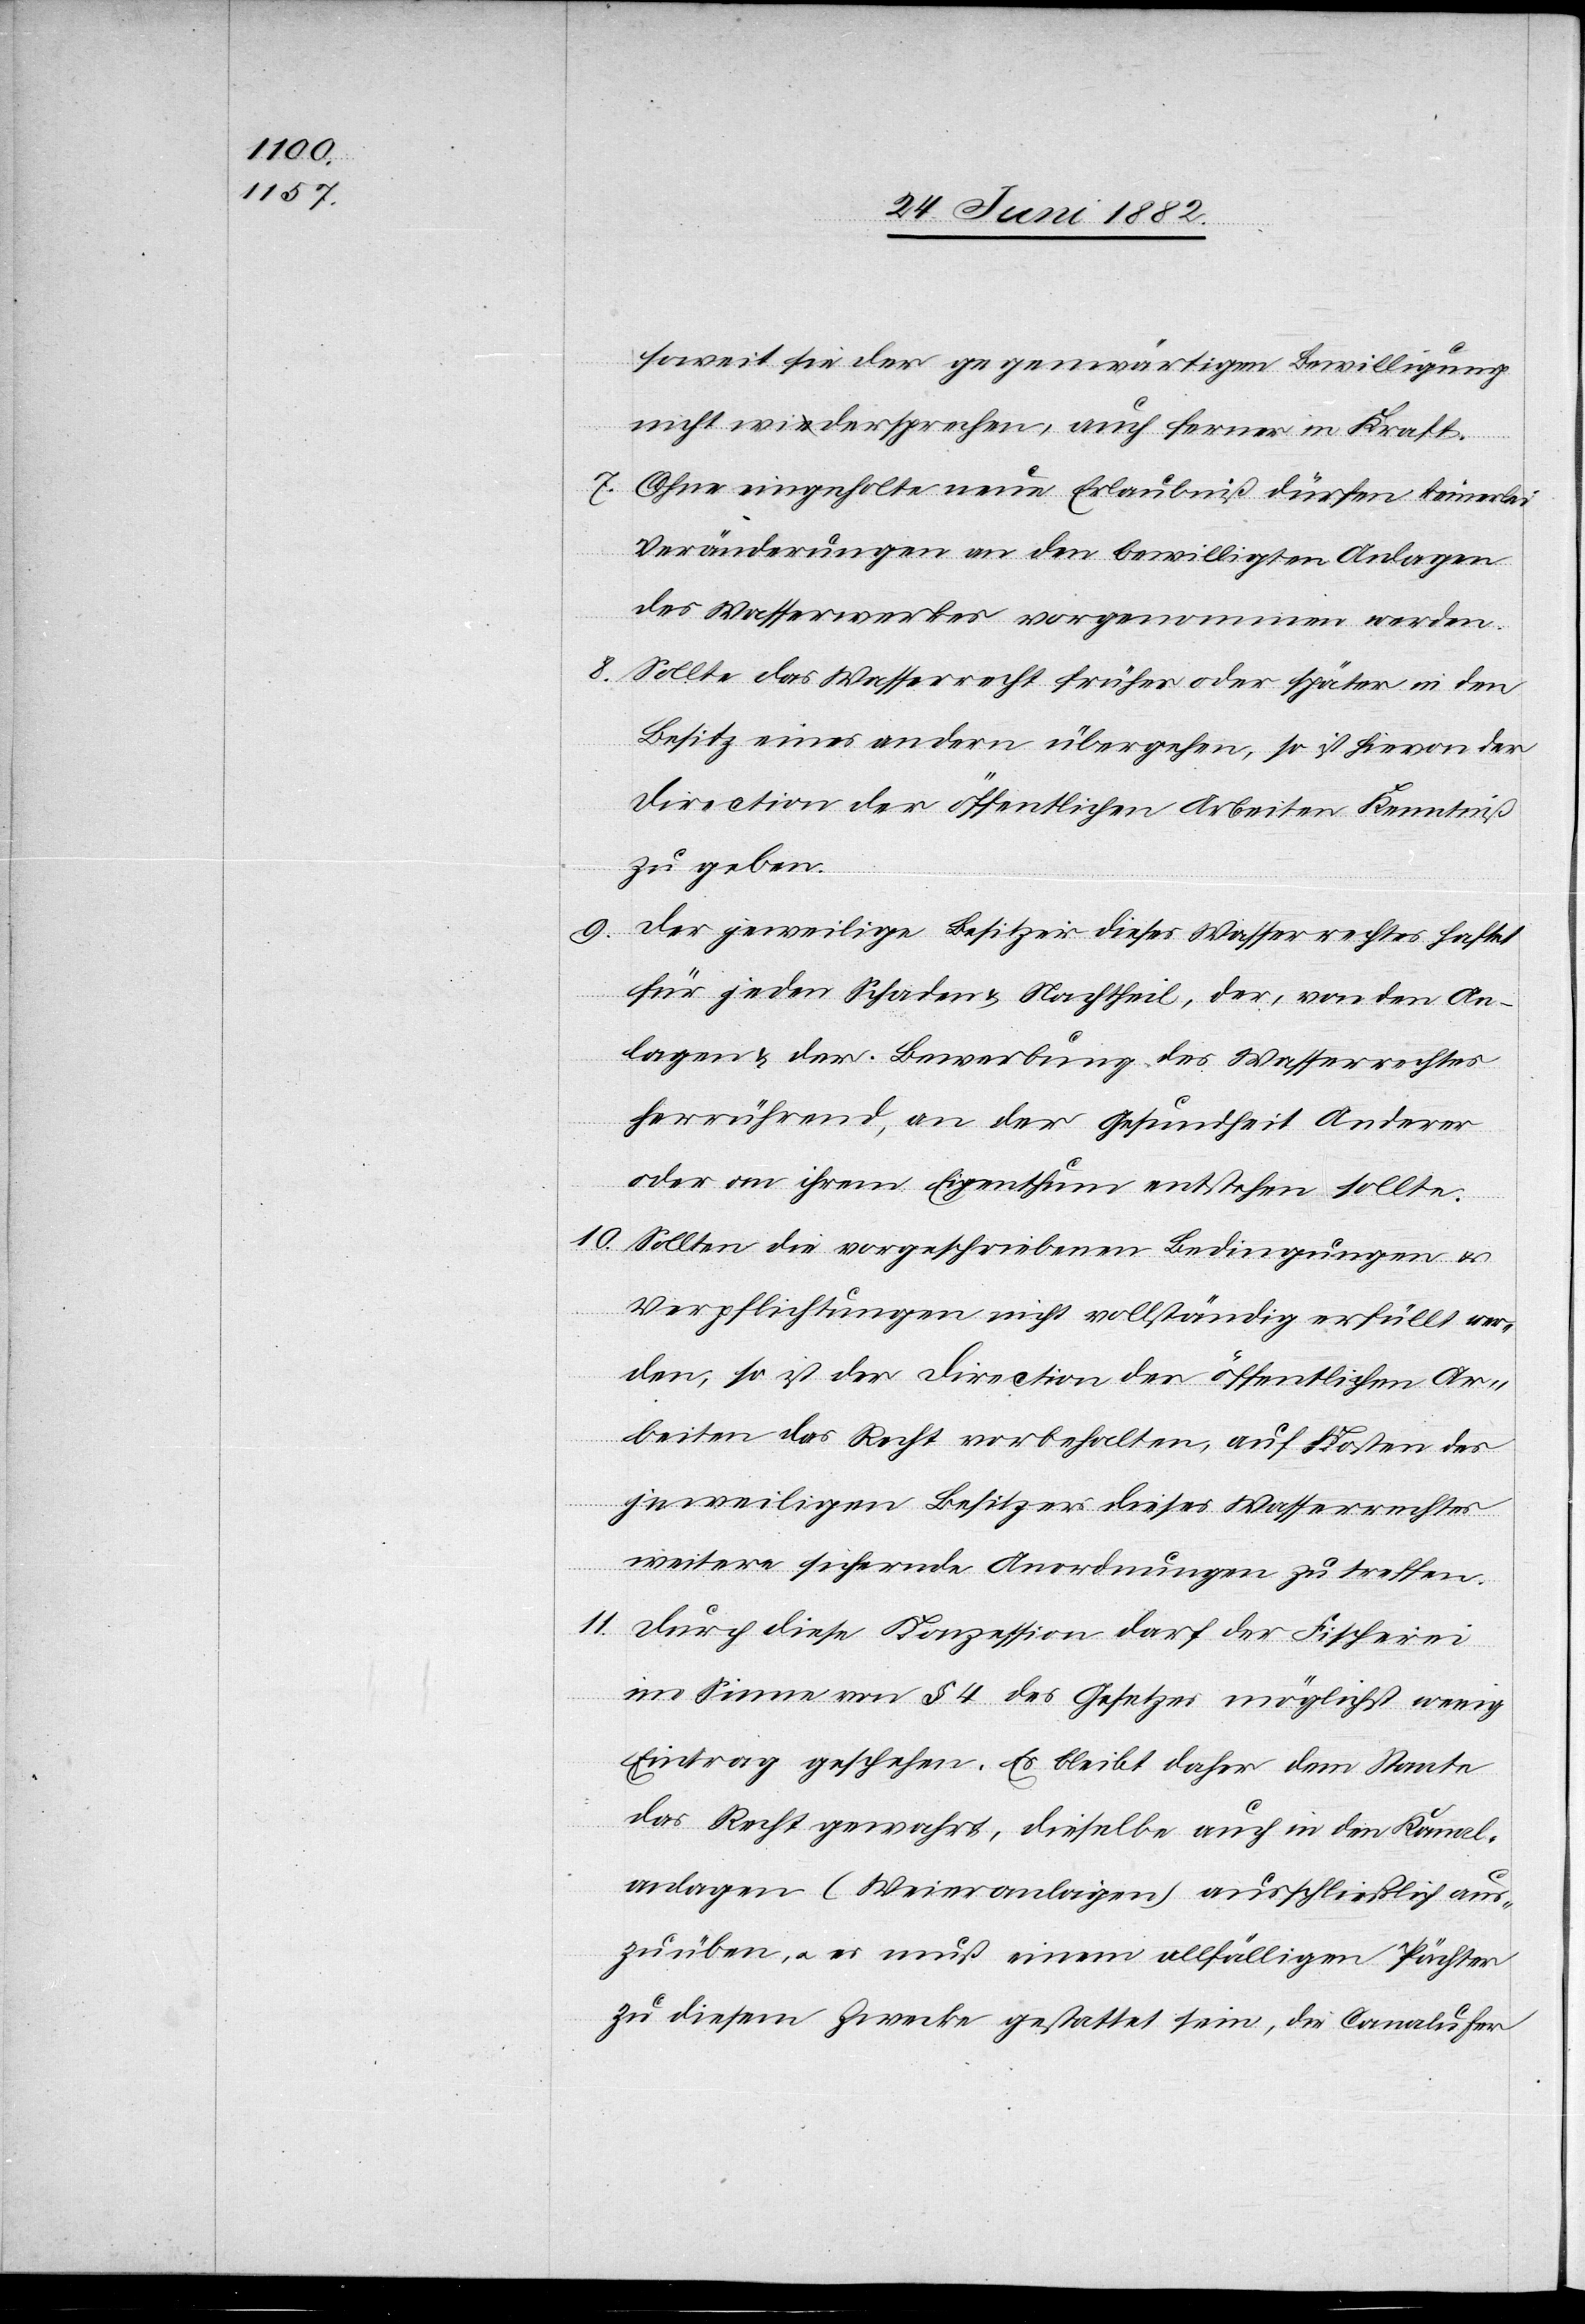
soweit sie der gegenwärtigen Bewilligung
nicht widersprechen, auch ferner in Kraft.
Ohne eingeholte neue Erlaubniß dürfen keinerlei
Veränderungen an den bewilligten Anlagen
des Wasserwerkes vorgenommen werden.
8. Sollte das Wasserrecht früher oder später in den
Besitz eines andern übergehen, so ist hievon der
Direction der öffentlichen Arbeiten Kenntniß
zu geben.
9.
Der jeweilige Besitzer dieses Wasserrechtes haftet
für jeden Schaden & Nachtheil, der, von den An¬
lagen & der Bewerbung des Wasserrechtes
herrührend, an der Gesundheit Anderer
oder an ihrem Eigenthum entstehen sollte.
10. Sollten die vorgeschriebenen Bedingungen und
Verpflichtungen nicht vollständig erfüllt wer¬
den, so ist der Direction der öffentlichen Ar¬
beiten das Recht vorbehalten, auf Kosten des
jeweiligen Besitzers dieses Wasserrechtes
weitere sichernde Anordnungen zu treffen.
11. Durch diese Konzession darf der Fischerei
im Sinne von § 4 des Gesetzes möglichst wenig
Eintrag geschehen. Es bleibt daher dem Staate
das Recht gewahrt, dieselbe auch in den Kanal¬
anlagen (Weieranlagen) ausschließlich aus¬
zuüben, u. es muß einem allfälligen Pächter
zu diesem Zwecke gestattet sein, die Canalufer